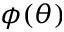
\phi ( \theta )